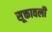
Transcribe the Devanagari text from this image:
सूक्तावली